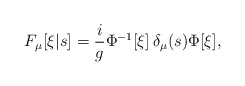
\begin{align*}F_\mu[\xi|s] = \frac{i}{g} \Phi^{-1}[\xi]\, \delta_\mu(s) \Phi[\xi],\end{align*}